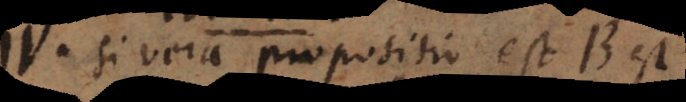
IV. Si vera propositio est B est